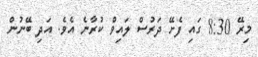
މިރޭ 8:30 ގައި ފެށޭ ދަރުސް ލައިވް ކުރާނެ އެވެ. އަދި ބޭނުން